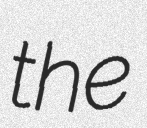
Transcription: the